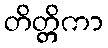
တိတ္တိကာ